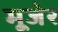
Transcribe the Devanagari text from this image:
मूजेर